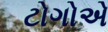
ટોગોએ